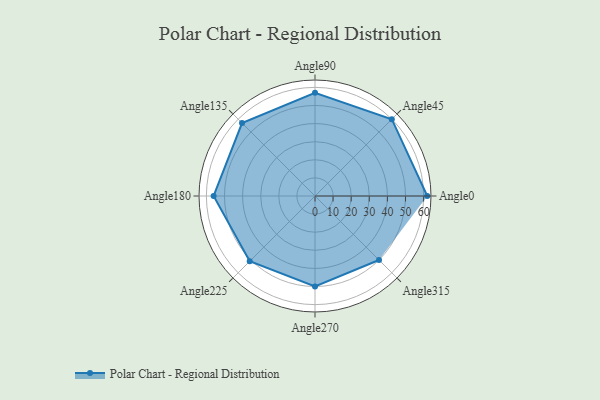
{"axis": {"x": "Angle", "y": "Radius"}, "legend": [""], "data": [{"x": "Angle0", "y": 62.0, "type": ""}, {"x": "Angle45", "y": 60.0, "type": ""}, {"x": "Angle90", "y": 57.0, "type": ""}, {"x": "Angle135", "y": 57.0, "type": ""}, {"x": "Angle180", "y": 56.0, "type": ""}, {"x": "Angle225", "y": 51.0, "type": ""}, {"x": "Angle270", "y": 50, "type": ""}, {"x": "Angle315", "y": 50, "type": ""}]}